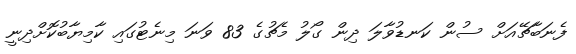
ފެނަބާޗޭއަށް ސުން ކަނޑުވާލަ ދިން ގޯލު މެޗުގެ 83 ވަނަ މިނެޓުގައި ކާމިޔާބުކޮށްދިނީ